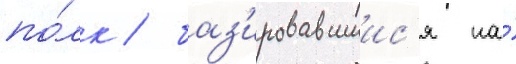
по́лк / баз'ировавшиис'я на́